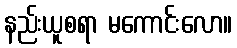
နည်းယူစရာ မကောင်းလော။